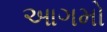
આગમો